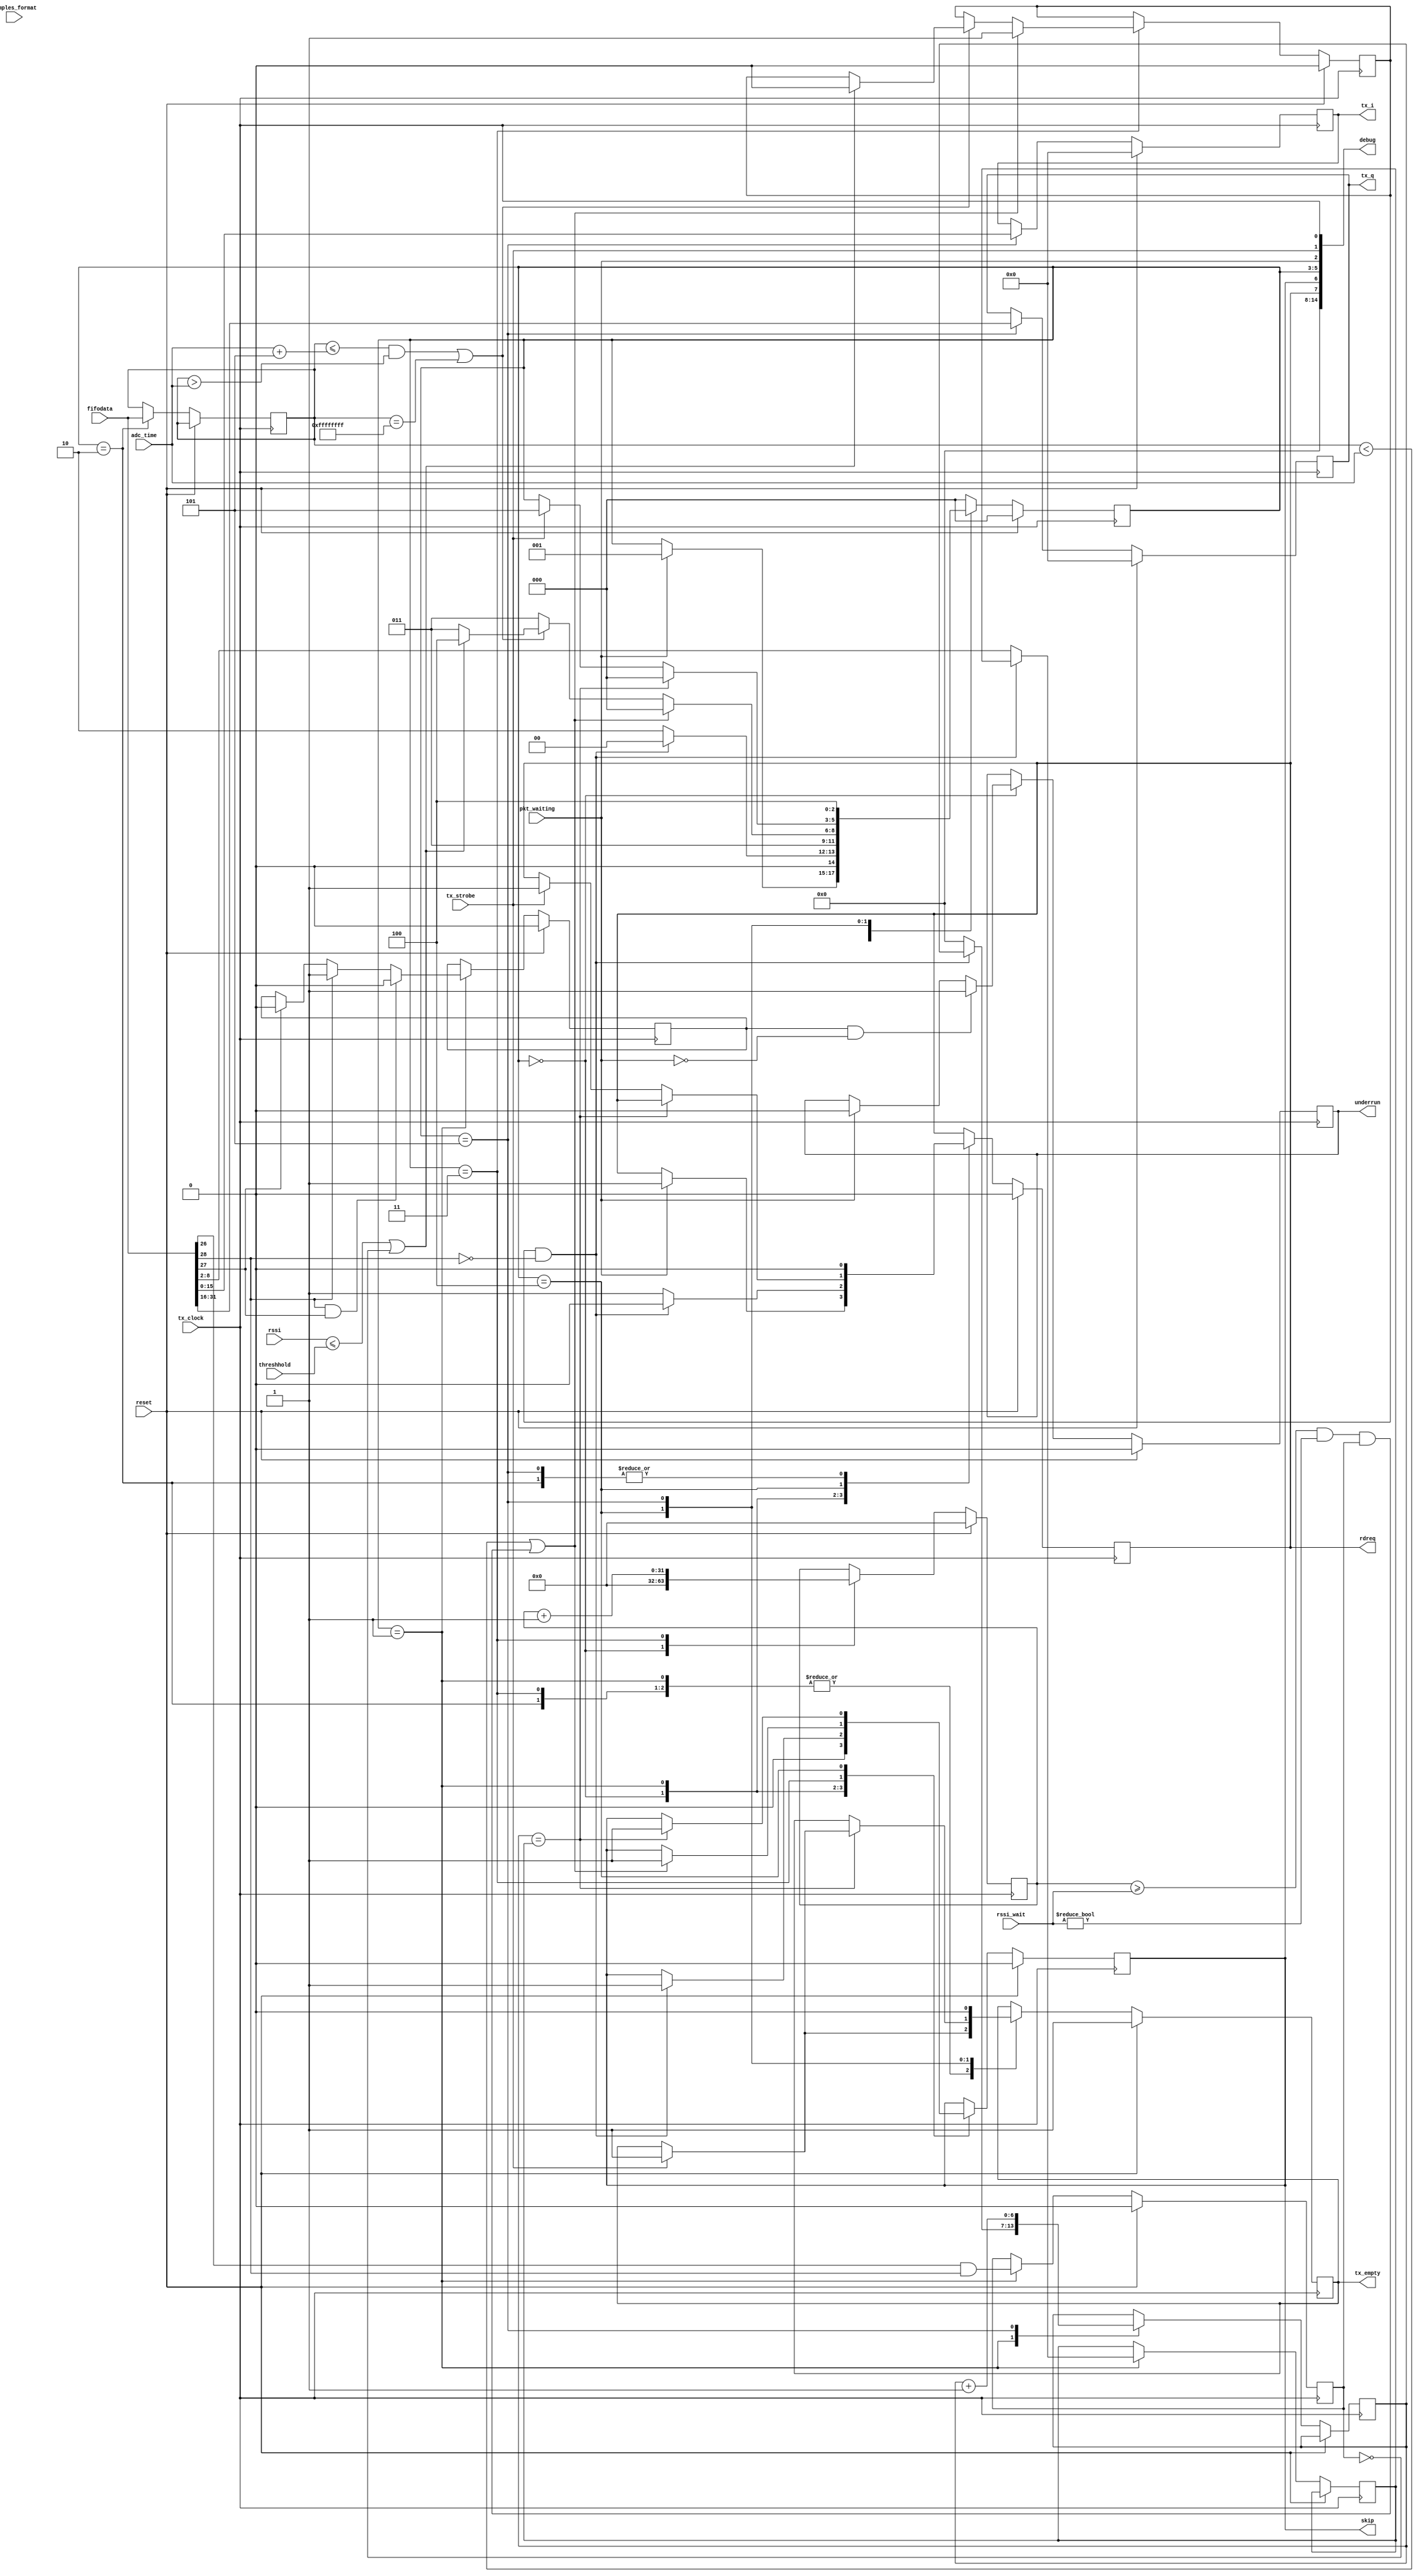
module chan_fifo_reader 
   (reset, tx_clock, tx_strobe, adc_time, samples_format,
    fifodata, pkt_waiting, rdreq, skip, tx_q, tx_i,
    underrun, tx_empty, debug, rssi, threshhold, rssi_wait) ;

   input   wire                     reset ;
   input   wire                     tx_clock ;
   input   wire                     tx_strobe ; //signal to output tx_i and tx_q
   input   wire              [31:0] adc_time ; //current time
   input   wire               [3:0] samples_format ;// not useful at this point
   input   wire              [31:0] fifodata ; //the data input
   input   wire                     pkt_waiting ; //signal the next packet is ready
   output  reg                      rdreq ; //actually an ack to the current fifodata
   output  reg                      skip ; //finish reading current packet
   output  reg               [15:0] tx_q ; //top 16 bit output of fifodata
   output  reg               [15:0] tx_i ; //bottom 16 bit output of fifodata
   output  reg                      underrun ; 
   output  reg                      tx_empty ; //cause 0 to be the output
   input   wire		     [31:0] rssi;
   input   wire		     [31:0] threshhold;
   input   wire		     [31:0] rssi_wait;

   output wire [14:0] debug;
   
   // Should not be needed if adc clock rate < tx clock rate
   // Used only to debug
   `define JITTER                   5
    
   //Samples format
   // 16 bits interleaved complex samples
   `define QI16                     4'b0
    
   // States
   parameter IDLE           =     3'd0;    
   parameter HEADER         =     3'd1;
   parameter TIMESTAMP      =     3'd2;
   parameter WAIT           =     3'd3;
   parameter WAITSTROBE     =     3'd4;
   parameter SEND           =     3'd5;

   // Header format
   `define PAYLOAD                  8:2
   `define ENDOFBURST               27
   `define STARTOFBURST             28
   `define RSSI_FLAG                26
	

   /* State registers */
   reg                        [2:0] reader_state;
   /* Local registers */  
   reg                        [6:0] payload_len;
   reg                        [6:0] read_len;
   reg                       [31:0] timestamp;
   reg                              burst;
   reg                              trash;
   reg                              rssi_flag;
   reg			     [31:0] time_wait;
   
   assign debug = {7'd0, rdreq, skip, reader_state, pkt_waiting, tx_strobe, tx_clock};
   always @(posedge tx_clock)
     begin
       if (reset) 
         begin
           reader_state <= IDLE;
           rdreq <= 0;
           skip <= 0;
           underrun <= 0;
           burst <= 0;
           tx_empty <= 1;
           tx_q <= 0;
           tx_i <= 0;
           trash <= 0;
           rssi_flag <= 0;
           time_wait <= 0;
         end
       else 
         begin
           case (reader_state)
             IDLE:
               begin
               /*
		* reset all the variables and wait for a tx_strobe
		* it is assumed that the ram connected to this fifo_reader 
		* is a short hand fifo meaning that the header to the next packet
		* is already available to this fifo_reader when pkt_waiting is on
		*/
                 skip <=0;
                 time_wait <= 0;
                 if (pkt_waiting == 1)
                   begin
                     reader_state <= HEADER;
                     rdreq <= 1;
                     underrun <= 0;
                   end
                 if (burst == 1 && pkt_waiting == 0)
                     underrun <= 1;
                 if (tx_strobe == 1)
                     tx_empty <= 1 ;
               end

               /* Process header */
               HEADER:
                 begin
                   if (tx_strobe == 1)
                       tx_empty <= 1 ;
                   
                   rssi_flag <= fifodata[`RSSI_FLAG]&fifodata[`STARTOFBURST];
                   //Check Start/End burst flag
                   if  (fifodata[`STARTOFBURST] == 1 
                       && fifodata[`ENDOFBURST] == 1)
                       burst <= 0;
                   else if (fifodata[`STARTOFBURST] == 1)
                       burst <= 1;
                   else if (fifodata[`ENDOFBURST] == 1)
                       burst <= 0;

                   if (trash == 1 && fifodata[`STARTOFBURST] == 0)
                     begin
                       skip <= 1;
                       reader_state <= IDLE;
                       rdreq <= 0;
                     end 
                   else
                     begin   
                       payload_len <= fifodata[`PAYLOAD] ;
                       read_len <= 0;
                       rdreq <= 1;
                       reader_state <= TIMESTAMP;
                     end
                 end

               TIMESTAMP: 
                 begin
                   timestamp <= fifodata;
                   reader_state <= WAIT;
                   if (tx_strobe == 1)
                       tx_empty <= 1 ;
                   rdreq <= 0;
                 end
				
               // Decide if we wait, send or discard samples
               WAIT: 
                 begin
                   if (tx_strobe == 1)
                       tx_empty <= 1 ;
                    
                   time_wait <= time_wait + 32'd1;
                   // Outdated
                   if ((timestamp < adc_time) ||
                      (time_wait >= rssi_wait && rssi_wait != 0 && rssi_flag))
                     begin
                       trash <= 1;
                       reader_state <= IDLE;
                       skip <= 1;
                     end  
                   // Let's send it					
                   else if ((timestamp <= adc_time + `JITTER 
                             && timestamp > adc_time)
                             || timestamp == 32'hFFFFFFFF)
                     begin
                       if (rssi <= threshhold || rssi_flag == 0)
                         begin
                           trash <= 0;
                           reader_state <= WAITSTROBE; 
                         end
                       else
                         reader_state <= WAIT;
                     end
                   else
                       reader_state <= WAIT;
                 end
                 
               // Wait for the transmit chain to be ready
               WAITSTROBE:
                 begin
                   // If end of payload...
                   if (read_len == payload_len)
                     begin
                       reader_state <= IDLE;
                       skip <= 1;
                       if (tx_strobe == 1)
                           tx_empty <= 1 ;
                     end  
                   else if (tx_strobe == 1)
                     begin
                       reader_state <= SEND;
                       rdreq <= 1;
                     end
                 end
               
               // Send the samples to the tx_chain
               SEND:
                 begin
                   reader_state <= WAITSTROBE; 
                   read_len <= read_len + 7'd1;
                   tx_empty <= 0;
                   rdreq <= 0;
                   
                   case(samples_format)
                       `QI16:
                        begin
                            tx_i <= fifodata[15:0];
                            tx_q <= fifodata[31:16];
                        end
                        
                        // Assume 16 bits complex samples by default
                        default:
                        begin
                            tx_i <= fifodata[15:0];
                            tx_q <= fifodata[31:16];
                        end 
                   endcase
                 end
               
               default:
                 begin
                   //error handling
                   reader_state <= IDLE;
                 end
           endcase
       end
   end
 
endmodule